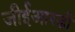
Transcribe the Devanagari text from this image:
जीईआरडी